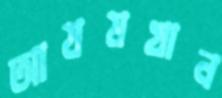
আযমখান